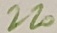
Text: 220